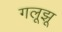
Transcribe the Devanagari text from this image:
गलूझू